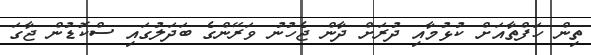
ތިން ހަފްތާއަށް ކުޅުމާއި ދުރަށް ދާން ޖެހުނު ވަރޭންގެ ބަދަލުގައި ސްކޮޑުން ޖާގަ